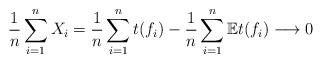
LaTeX: \begin{align*}\frac{1}{n}\sum_{i=1}^{n}X_i = \frac{1}{n}\sum_{i=1}^{n}t(f_i) -\frac{1}{n}\sum_{i=1}^{n}\mathbb{E}t(f_i) \longrightarrow 0 \end{align*}